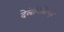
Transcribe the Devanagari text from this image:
देलेगितिमिज़े